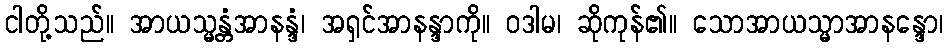
ငါတို့သည်။ အာယသ္မန္တံအာနန္ဒံ၊ အရှင်အာနန္ဒာကို။ ဝဒါမ၊ ဆိုကုန်၏။ သောအာယသ္မာအာနန္ဒော၊